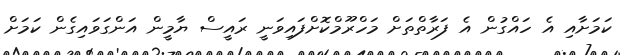
ކަމަށާއި އެ ހައްގުން އެ ފަރާތްތަށް މަހްރޫމްކޮށްފައިވަނީ ރައީސް ޔާމީން އަންގަވައިގެން ކަމަށް